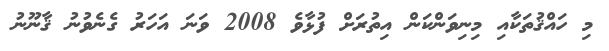
މި ހައްޤުތަކާއި މިނިވަންކަން އިތުރަށް ފުޅާވެ 2008 ވަނަ އަހަރު ގެނެވުނު ޤާނޫނު